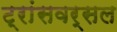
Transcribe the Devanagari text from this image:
ट्रांसवर्सल